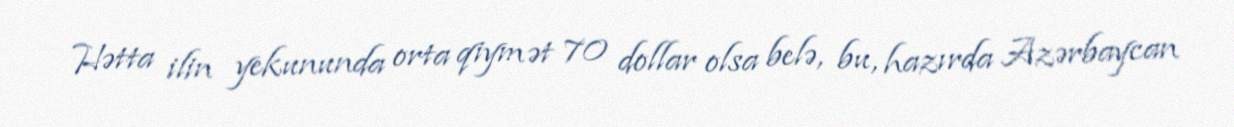
Hətta ilin yekununda orta qiymət 70 dollar olsa belə, bu, hazırda Azərbaycan